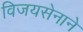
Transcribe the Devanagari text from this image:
विजयसेनाने